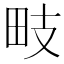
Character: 𭻁